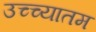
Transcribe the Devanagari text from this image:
उच्च्यातम